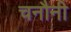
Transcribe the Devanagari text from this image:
चनौनी